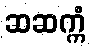
ဆဆက္ကံ